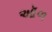
ઑળ